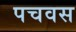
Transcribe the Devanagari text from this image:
पचवस